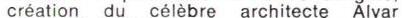
création du célèbre architecte Alvar